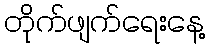
တိုက်ဖျက်ရေးနေ့